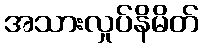
အသားလှုပ်နိမိတ်